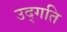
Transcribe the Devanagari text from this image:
उद्गति